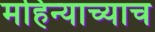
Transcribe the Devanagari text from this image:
महिन्याच्याच